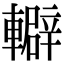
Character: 䡶